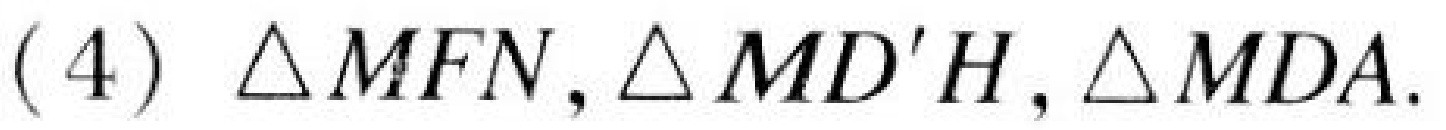
(4) \(\triangle MFN,\triangle MD'H,\triangle MDA\).